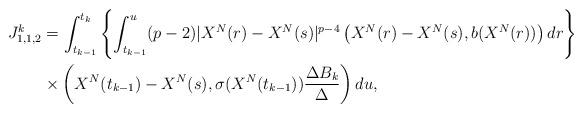
LaTeX: \begin{align*} J^k_{1,1,2}&=\int_{t_{k-1}}^{t_k}\left\{\int_{t_{k-1}}^u(p-2)|X^N(r)-X^N(s)|^{p-4}\left(X^N(r)-X^N(s),b(X^N(r))\right)dr\right\}\\&\times\left(X^N(t_{k-1})-X^N(s), \sigma(X^N(t_{k-1}))\frac{\Delta B_k}{\Delta}\right)du,\end{align*}